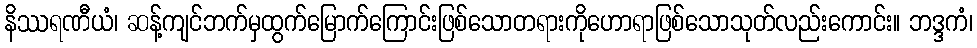
နိဿရဏီယံ၊ ဆန့်ကျင်ဘက်မှထွက်မြောက်ကြောင်းဖြစ်သောတရားကိုဟောရာဖြစ်သောသုတ်လည်းကောင်း။ ဘဒ္ဒကံ၊